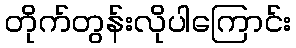
တိုက်တွန်းလိုပါကြောင်း